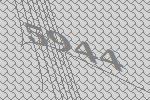
5944